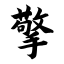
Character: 擎